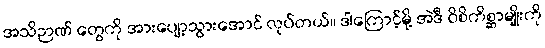
အသိဉာဏ် တွေကို အားပျော့သွားအောင် လုပ်တယ်။ ဒါကြောင့်မို့ အဲဒီ ဝိစိကိစ္ဆာမျိုးကို